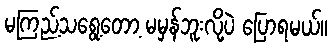
မကြည့်သရွေ့တော့ မမှန်ဘူးလို့ပဲ ပြောရမယ်။